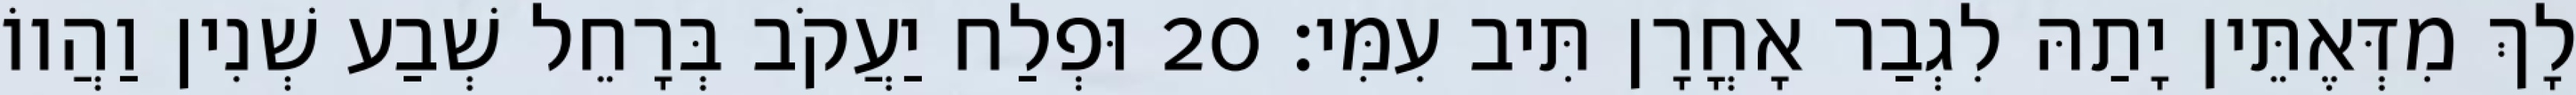
לָךְ מִדְּאֶתֵּין יָתַהּ לִגְבַר אָחֳרָן תִּיב עִמִּי׃ 20 וּפְלַח יַעֲקֹב בְּרָחֵל שְׁבַע שְׁנִין וַהֲווֹ